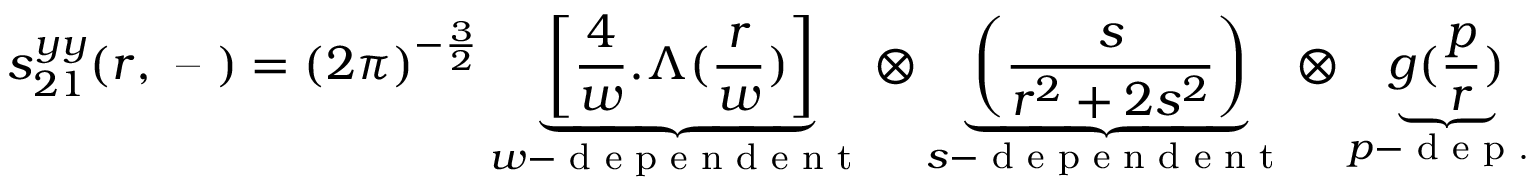
s _ { 2 1 } ^ { y y } ( r , \textrm { -- } ) = ( 2 \pi ) ^ { - \frac 3 2 } \underbrace { \left[ \frac { 4 } { w } . \Lambda ( \frac { r } { w } ) \right] } _ { w - \textrm { d e p e n d e n t } } \otimes \underbrace { \left( \frac { s } { r ^ { 2 } + 2 s ^ { 2 } } \right) } _ { s - \textrm { d e p e n d e n t } } \otimes \underbrace { g ( \frac p r ) } _ { p - \textrm { d e p . } }